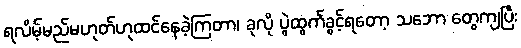
ရလိမ့်မည်မဟုတ်ဟုထင်နေခဲ့ကြတာ၊ ခုလို ပွဲထွက်ခွင့်ရတော့ သဘော တွေကျပြီး